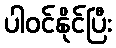
ပါဝင်နိုင်ပြီး